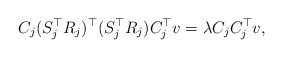
\begin{align*} C_j(S_j^{\top}R_j)^{\top}(S_j^{\top}R_j)C_j^{\top}v=\lambda C_jC_j^{\top}v,\end{align*}